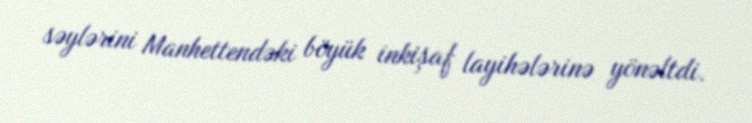
səylərini Manhettendəki böyük inkişaf layihələrinə yönəltdi.